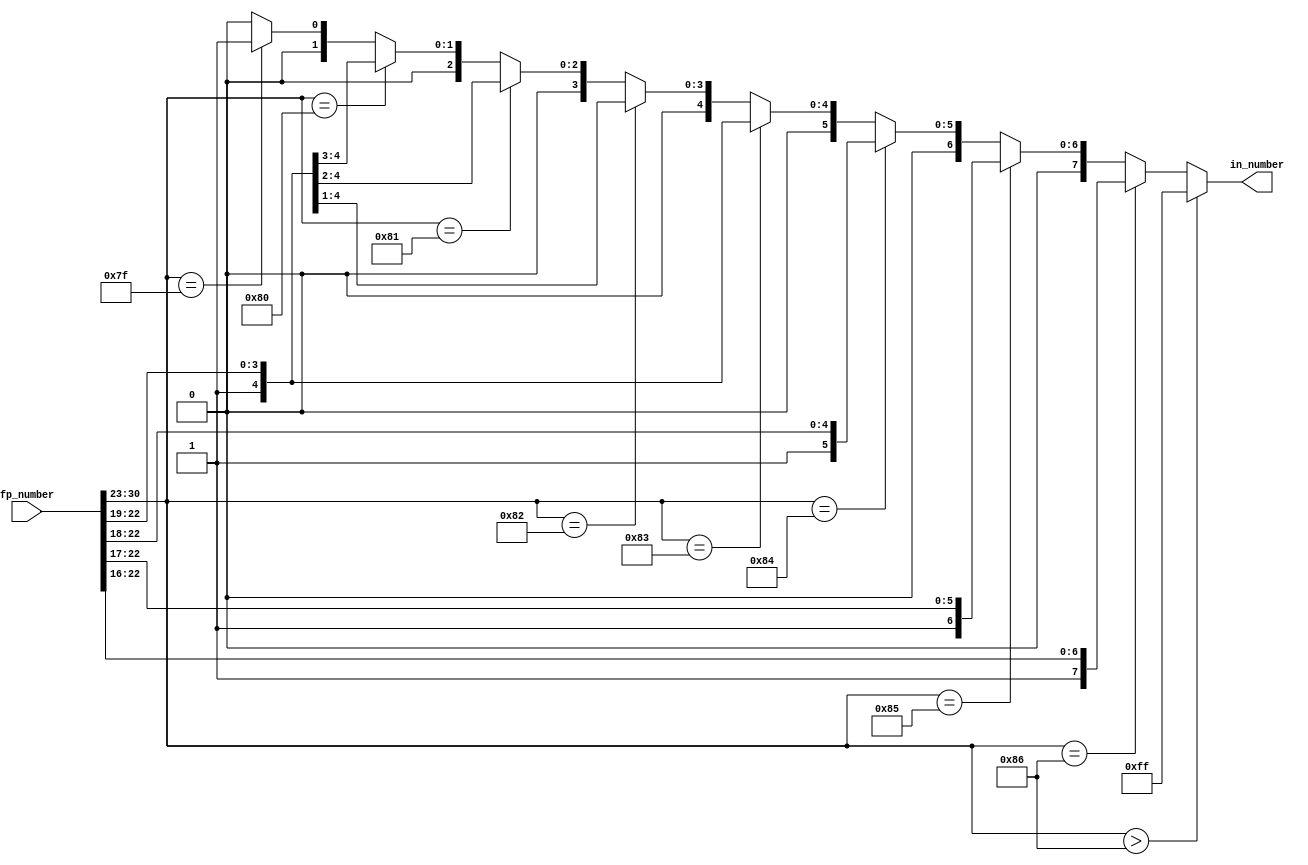
//--- edited 22/8/2018 by Linh---



module FP_integer (
		 fp_number,
         in_number    
   );
input [31:0] fp_number;
output reg [7:0] in_number;
	
always @(fp_number)
	begin
		if (fp_number[30:23] > 8'b10000110)  
			in_number = 8'b11111111;
		else if (fp_number[30:23] == 8'b10000110)  
			in_number = {1'b1,fp_number[22:16]};
		else if (fp_number[30:23] == 8'b10000101) 
			in_number = {2'b01,fp_number[22:17]};
		else if (fp_number[30:23] == 8'b10000100) 
			in_number = {3'b001,fp_number[22:18]};
		else if (fp_number[30:23] == 8'b10000011) 
			in_number = {4'b0001,fp_number[22:19]};
		else if (fp_number[30:23] == 8'b10000010) 
			in_number = {5'b00001,fp_number[22:20]};
		else if (fp_number[30:23] == 8'b10000001) 
			in_number = {6'b000001,fp_number[22:21]};
		else if (fp_number[30:23] == 8'b10000000) 
			in_number = {7'b0000001,fp_number[22]};
		else if (fp_number[30:23] == 8'b01111111)  
			in_number = 8'b00000001;
		else in_number = 8'b0;
	end	
endmodule